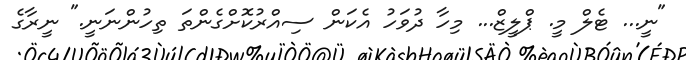
"ނީ... ޓެލް މީ. ޕްލީޒް... މިހާ ދުވަހު އެކަން ސިއްރުކޮށްގެންތަ ތިހުންނަނީ." ނީރާގެ